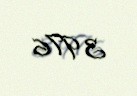
3 976